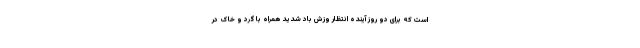
است که برای دو روز آینده انتظار وزش باد شدید همراه با گرد و خاک در